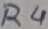
Text: R4